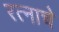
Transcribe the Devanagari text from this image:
रत्नाचे